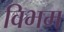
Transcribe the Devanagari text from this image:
विभम